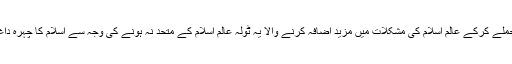
فرانس جیسے حملے کرکے عالم اسلام کی مشکلات میں مزید اضافہ کرنے والا یہ ٹولہ عالم اسلام کے متحد نہ ہونے کی وجہ سے اسلام کا چہرہ داغدار کررہا تھا ۔